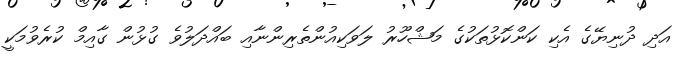
އަދި ދުނިޔޭގެ އެކި ކަންކޮޅުތަކުގެ މަޝްހޫރު ލަވަކިއުންތެރިންނާއި ބައްދަލުވެ ގުޅުން ގާއިމް ކުރެވުމަކީ